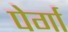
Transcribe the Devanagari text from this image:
पेर्गा